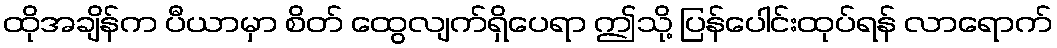
ထိုအချိန်က ပီယာမှာ စိတ် ထွေလျက်ရှိပေရာ ဤသို့ ပြန်ပေါင်းထုပ်ရန် လာရောက်